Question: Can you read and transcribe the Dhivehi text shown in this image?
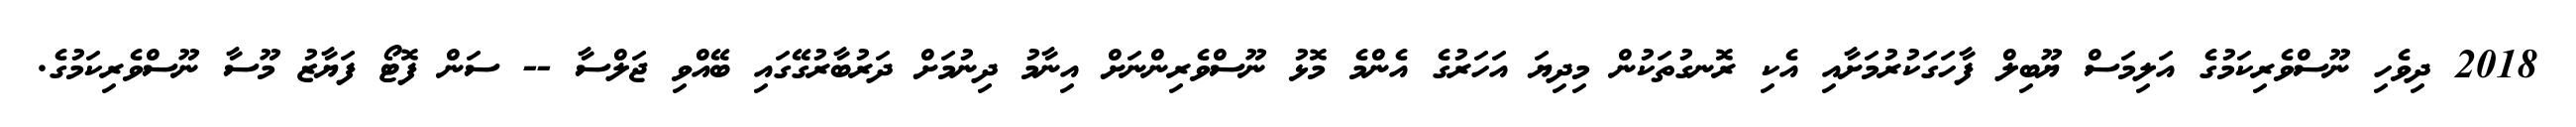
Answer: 2018 ދިވެހި ނޫސްވެރިކަމުގެ އަލިމަސް ޔޫބިލް ފާހަގަކުރުމަށާއި އެކި ރޮނގުތަކުން މިދިޔަ އަހަރުގެ އެންމެ މޮޅު ނޫސްވެރިންނަށް އިނާމު ދިނުމަށް ދަރުބާރުގޭގައި ބޭއްވި ޖަލްސާ -- ސަން ފޮޓޯ ފަޔާޒު މޫސާ ނޫސްވެރިކަމުގެ.